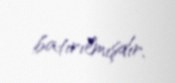
batırılmışdır.